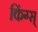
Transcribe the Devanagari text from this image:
किंग्स्